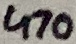
Text: 470